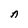
Character: A